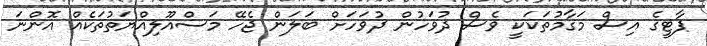
ޕާޓީގެ އިސް މަގާމުތަކަކީ ވެސް ދުވަހުން ދުވަހަށް ބަލަން ޖެހޭ މަސްއޫލިއްޔަތުތަކެއް އޮންނަ